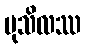
မုသိလဿ